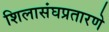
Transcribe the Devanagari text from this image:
शिलासंघप्रतारणे